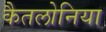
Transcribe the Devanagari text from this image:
कैतलोनिया